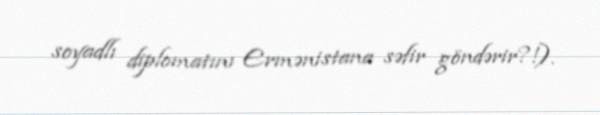
soyadlı diplomatını Ermənistana səfir göndərir?!).